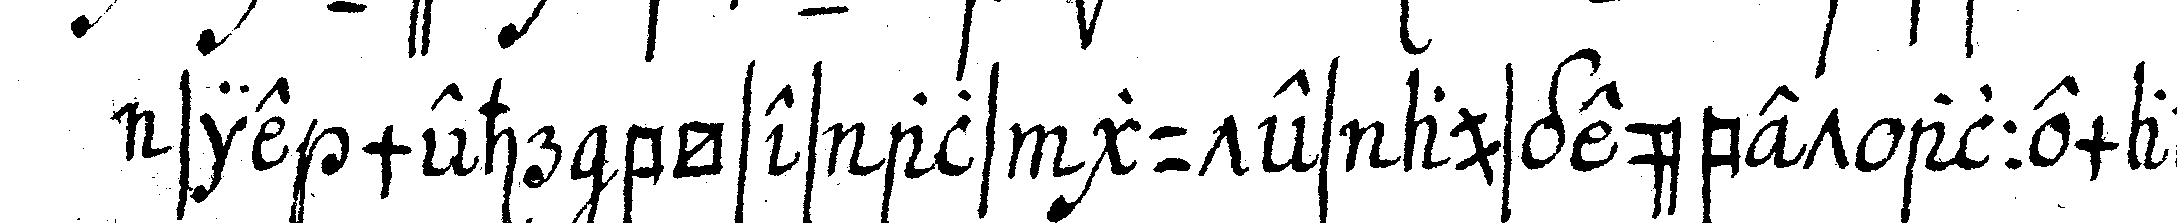
sie mehr böses als gutes ausgeübet allemahl